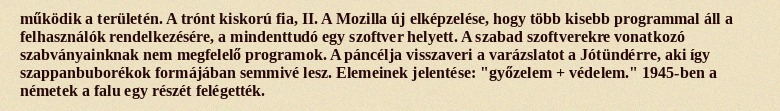
működik a területén. A trónt kiskorú fia, II. A Mozilla új elképzelése, hogy több kisebb programmal áll a felhasználók rendelkezésére, a mindenttudó egy szoftver helyett. A szabad szoftverekre vonatkozó szabványainknak nem megfelelő programok. A páncélja visszaveri a varázslatot a Jótündérre, aki így szappanbuborékok formájában semmivé lesz. Elemeinek jelentése: "győzelem + védelem." 1945-ben a németek a falu egy részét felégették.